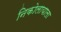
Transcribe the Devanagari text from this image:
निकोलायाला